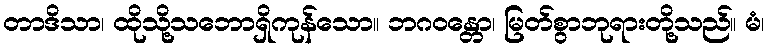
တာဒိသာ၊ ထိုသို့သဘောရှိကုန်သော။ ဘဂဝန္တော၊ မြတ်စွာဘုရားတို့သည်။ မံ၊